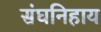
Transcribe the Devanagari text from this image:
संघनिहाय